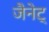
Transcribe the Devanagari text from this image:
जैनेट्